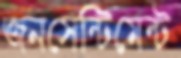
জনসেন্টিমেন্ট